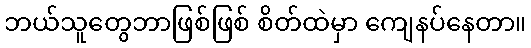
ဘယ်သူတွေဘာဖြစ်ဖြစ် စိတ်ထဲမှာ ကျေနပ်နေတာ။